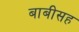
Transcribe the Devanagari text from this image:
बाबीसह